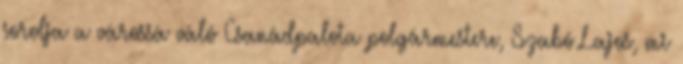
sorolja a várossá váló Csanádpalota polgármestere, Szabó Lajos, mi